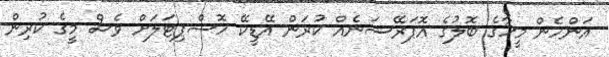
އަންހެން މީހާގެ ބޮލުގެ އޮޕަރޭޝަނެއް ކުރަން އޭޑީކޭ ހޮސްޕިޓަލަށް ވެސް މީގެ ކުރިން